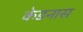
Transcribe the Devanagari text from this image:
केडनास